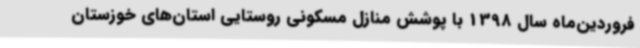
فروردین‌ماه سال 1398 با پوشش منازل مسکونی روستایی استان‌های خوزستان